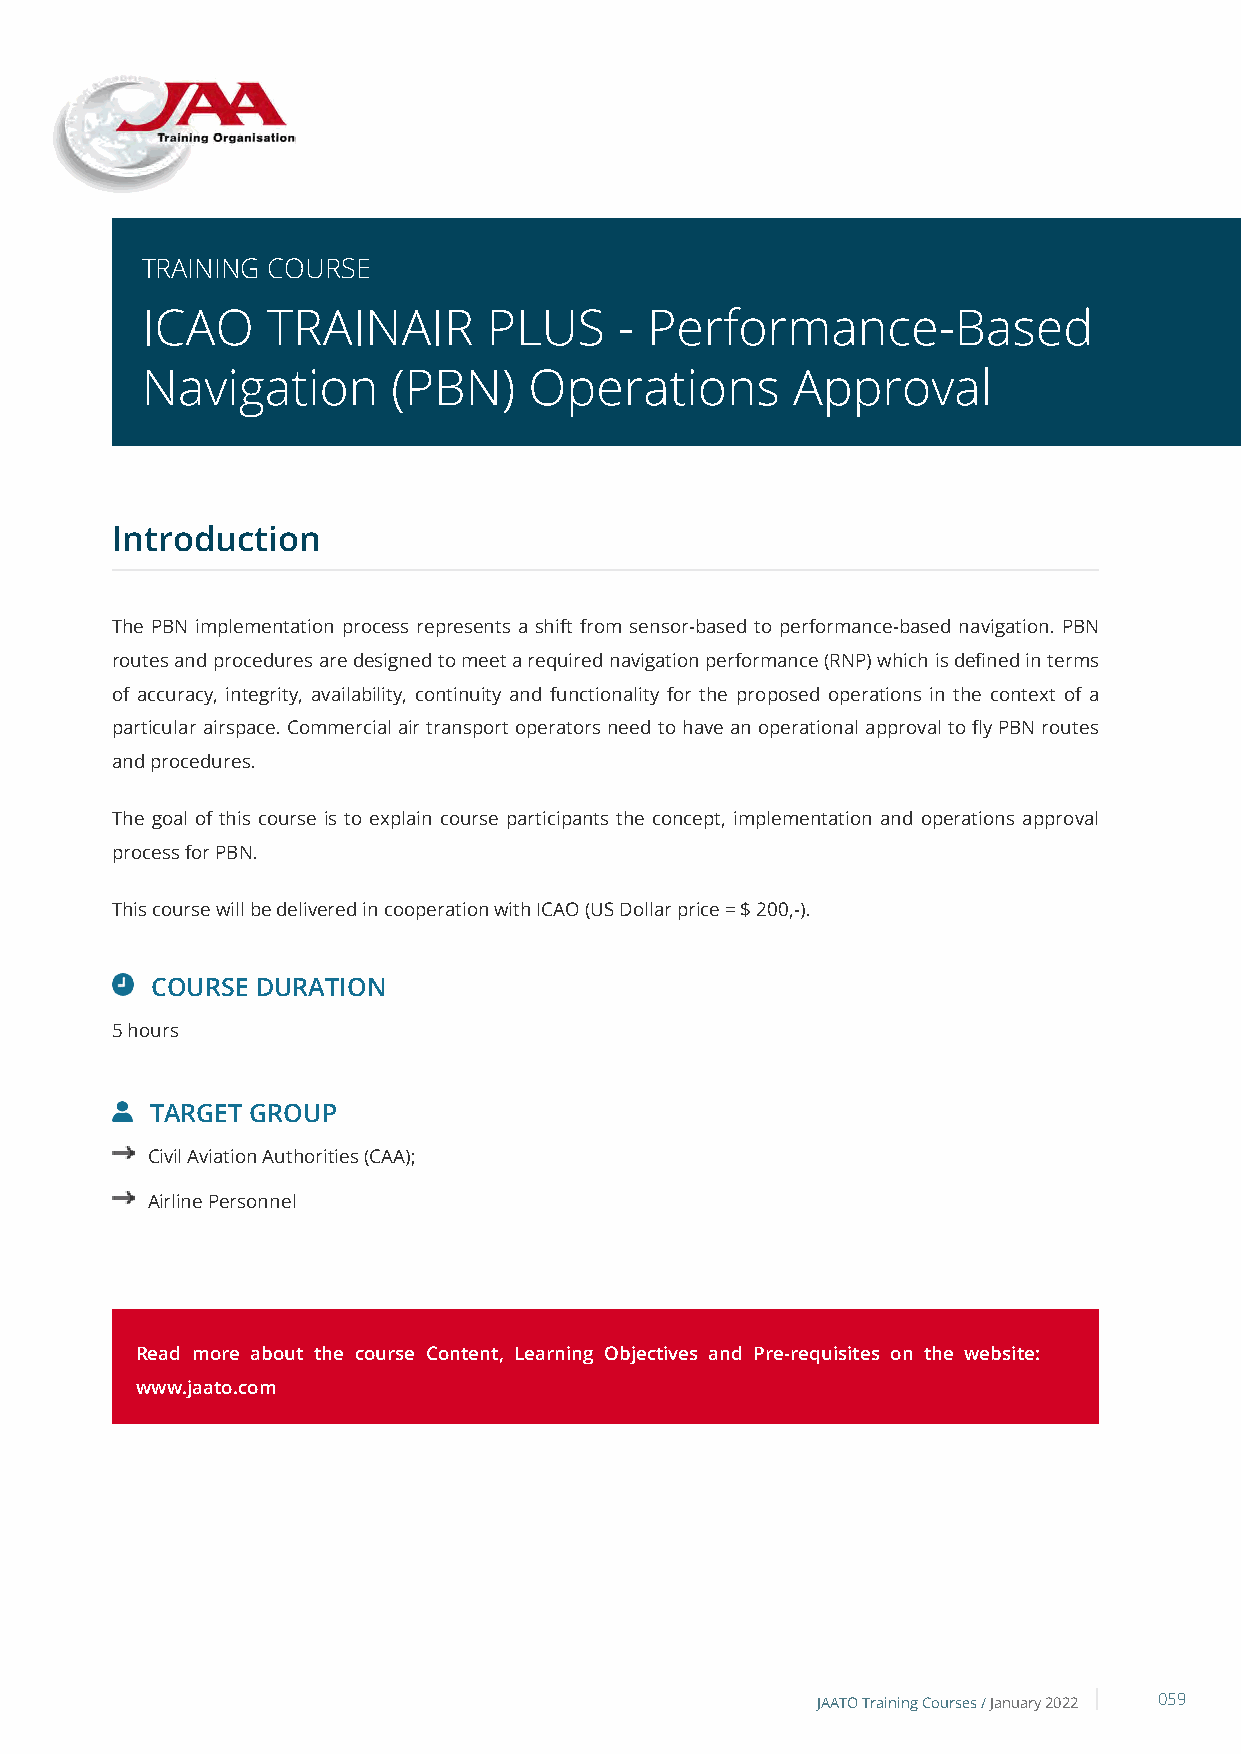
TRAINING COURSE
 ICAO     TRAINAIR      PLUS     - Performance-Based
 Navigation       (PBN)    Operations       Approval
 Introduction
 The PBN implementation process represents a shift from sensor-based to performance-based navigation. PBN
 routes and procedures are designed to meet a required navigation performance (RNP) which is defined in terms
 of accuracy, integrity, availability, continuity and functionality for the proposed operations in the context of a
 particular airspace. Commercial air transport operators need to have an operational approval to fly PBN routes
 and procedures.
 The goal of this course is to explain course participants the concept, implementation and operations approval
 process for PBN.
 This course will be delivered in cooperation with ICAO (US Dollar price = $ 200,-).
 COURSE DURATION
 5 hours
 TARGET GROUP
 Civil Aviation Authorities (CAA);
 Airline Personnel
 Read more about the course Content, Learning Objectives and Pre-requisites on the website:
 www.jaato.com
 JAATO Training Courses /January 2022 059